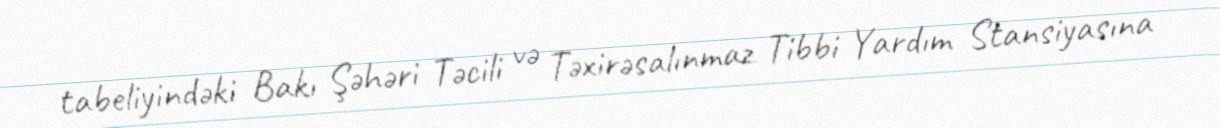
tabeliyindəki Bakı Şəhəri Təcili və Təxirəsalınmaz Tibbi Yardım Stansiyasına